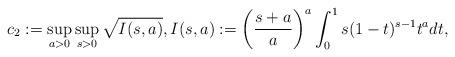
LaTeX: \begin{align*}c_2:=\sup_{a > 0}\sup_{s > 0}\sqrt{ I(s, a) },I(s, a):=\left(\frac{ s + a }{ a }\right)^a\int_0^1 s (1 - t)^{s-1} t^{a} dt,\end{align*}